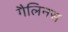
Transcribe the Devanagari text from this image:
गैलिनस